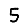
Digit: 5